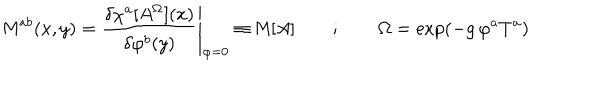
{ \sf M } ^ { a b } ( x , y ) = \left. \frac { \delta \chi ^ { a } [ A ^ { \Omega } ] ( x ) } { \delta \varphi ^ { b } ( y ) } \right| _ { \varphi = 0 } \equiv { \sf M } [ A ] \qquad ; \qquad \Omega = \exp ( - g \, \varphi ^ { a } T ^ { a } )